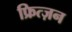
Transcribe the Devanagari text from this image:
फ्रित्ज़न